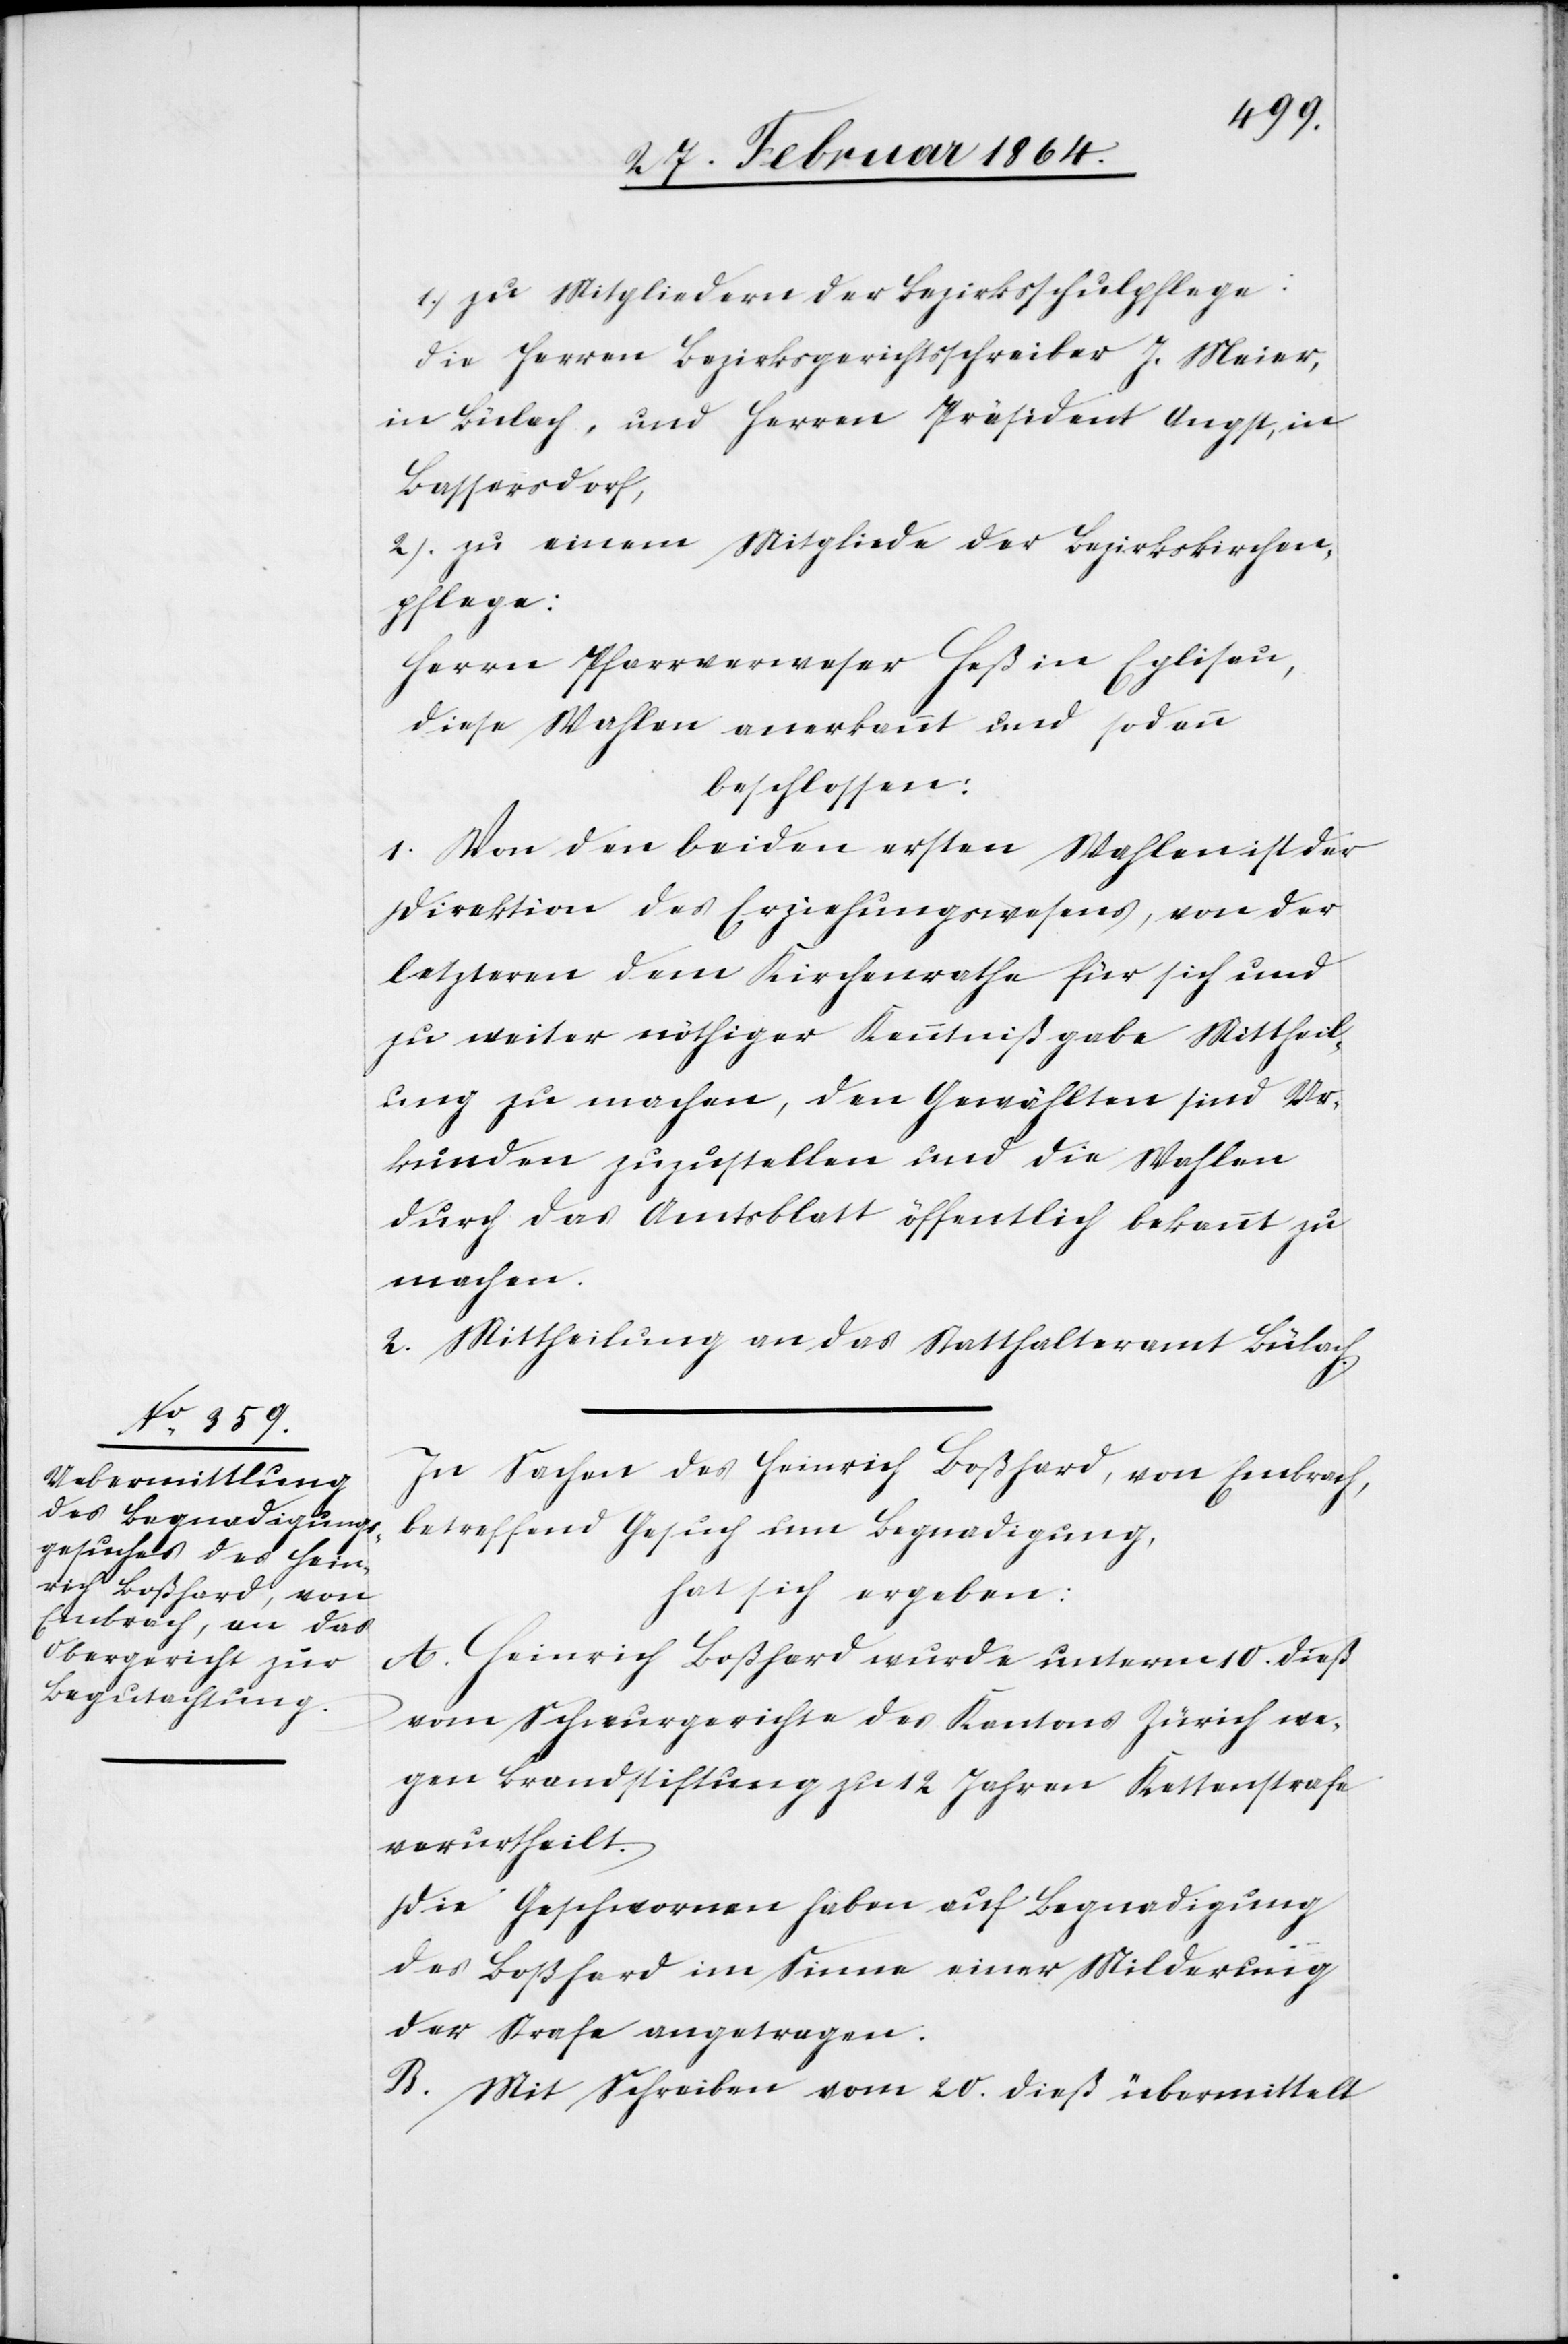
1.) zu Mitgliedern der Bezirksschulpflege:
die Herren Bezirksgerichtsschreiber J. Meier,
in Bülach, und Herren Präsident Angst, in
Bassersdorf,
2.) zu einem Mitgliede der Bezirkskirchen¬
pflege:
Herrn Pfarrverweser Heß in Eglisau,
diese Wahlen anerkannt und sodann
beschlossen:
1. Von den beiden ersten Wahlen ist der
Direktion des Erziehungswesens, von der
letzteren dem Kirchenrathe für sich und
zu weiter nöthiger Kenntnißgabe Mittheil¬
ung zu machen, den Gewählten sind Ur¬
kunden zuzustellen und die Wahlen
durch das Amtsblatt öffentlich bekannt zu
machen.
2. Mittheilung an das Statthalteramt Bülach.
In Sachen des Heinrich Boßhard, von Embrach,
betreffend Gesuch um Begnadigung,
hat sich ergeben:
A. Heinrich Boßhard wurde unterm 10. dieß
vom Schwurgerichte des Kantons Zürich we¬
gen Brandstiftung zu 12 Jahren Kettenstrafe
verurtheilt.
Die Geschworenen haben auf Begnadigung
des Boßhard im Sinne einer Milderung
der Straße angetragen.
B. Mit Schreiben vom 20. dieß übermittelt